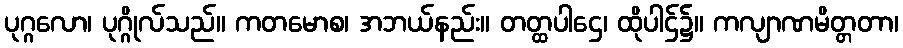
ပုဂ္ဂလော၊ ပုဂ္ဂိုလ်သည်။ ကတမောစ၊ အဘယ်နည်း။ တတ္ထပါဌေ၊ ထိုပါဌ်၌။ ကလျာဏမိတ္တတာ၊